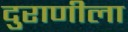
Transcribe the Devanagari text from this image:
दुराणीला